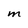
Character: M